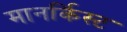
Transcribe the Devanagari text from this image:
मानर्किस्ट